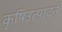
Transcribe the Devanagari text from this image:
कृषिउत्पादने